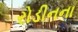
રોડીનના